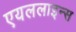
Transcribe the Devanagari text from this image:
एयललाइन्स